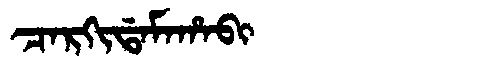
Manchu: ᠴᠠᡵᡴᡳᡩᠠᠮᠠᡥᠠᠪᡳ
Romanization: CARKIDAMAHABI